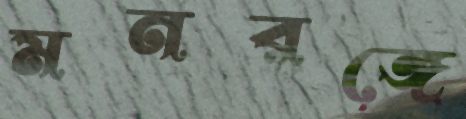
মনরঙ্গে